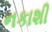
નકાશી